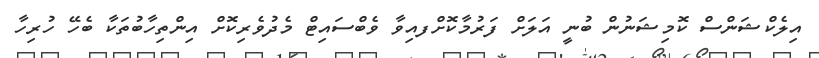
އިލެކްޝަންސް ކޮމިޝަނުން ބުނީ އަލަށް ފަރުމާކޮށްފއިވާ ވެބްސައިޓް މެދުވެރިކޮށް އިންތިހާބުތަކާ ބެހޭ ހުރިހާ